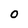
Character: O